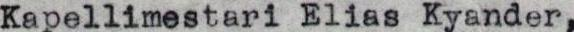
Kapellimestari Elias Kyander,